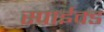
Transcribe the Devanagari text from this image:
स्पाईक्ड